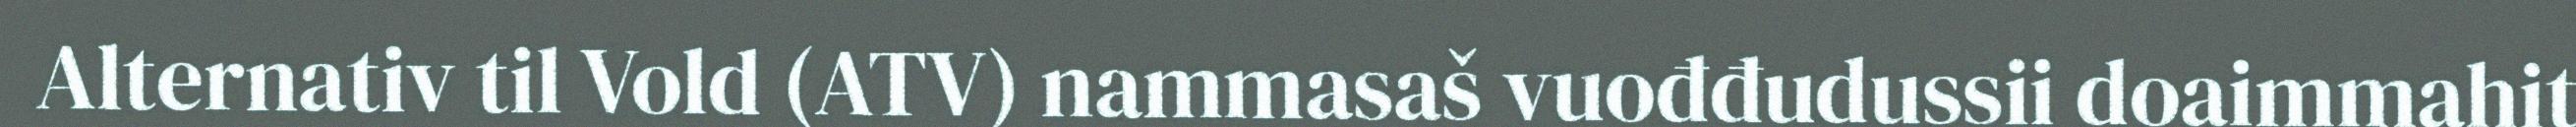
Alternativ til Vold (ATV) nammasaš vuođđudussii doaimmahit